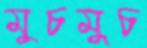
মুচমুচ